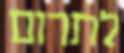
לתרום